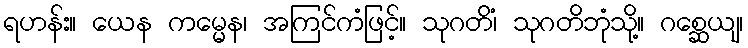
ရဟန်း။ ယေန ကမ္မေန၊ အကြင်ကံဖြင့်။ သုဂတိံ၊ သုဂတိဘုံသို့။ ဂစ္ဆေယျ၊